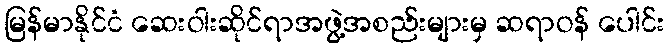
မြန်မာနိုင်ငံ ဆေးဝါးဆိုင်ရာအဖွဲ့အစည်းများမှ ဆရာဝန် ပေါင်း